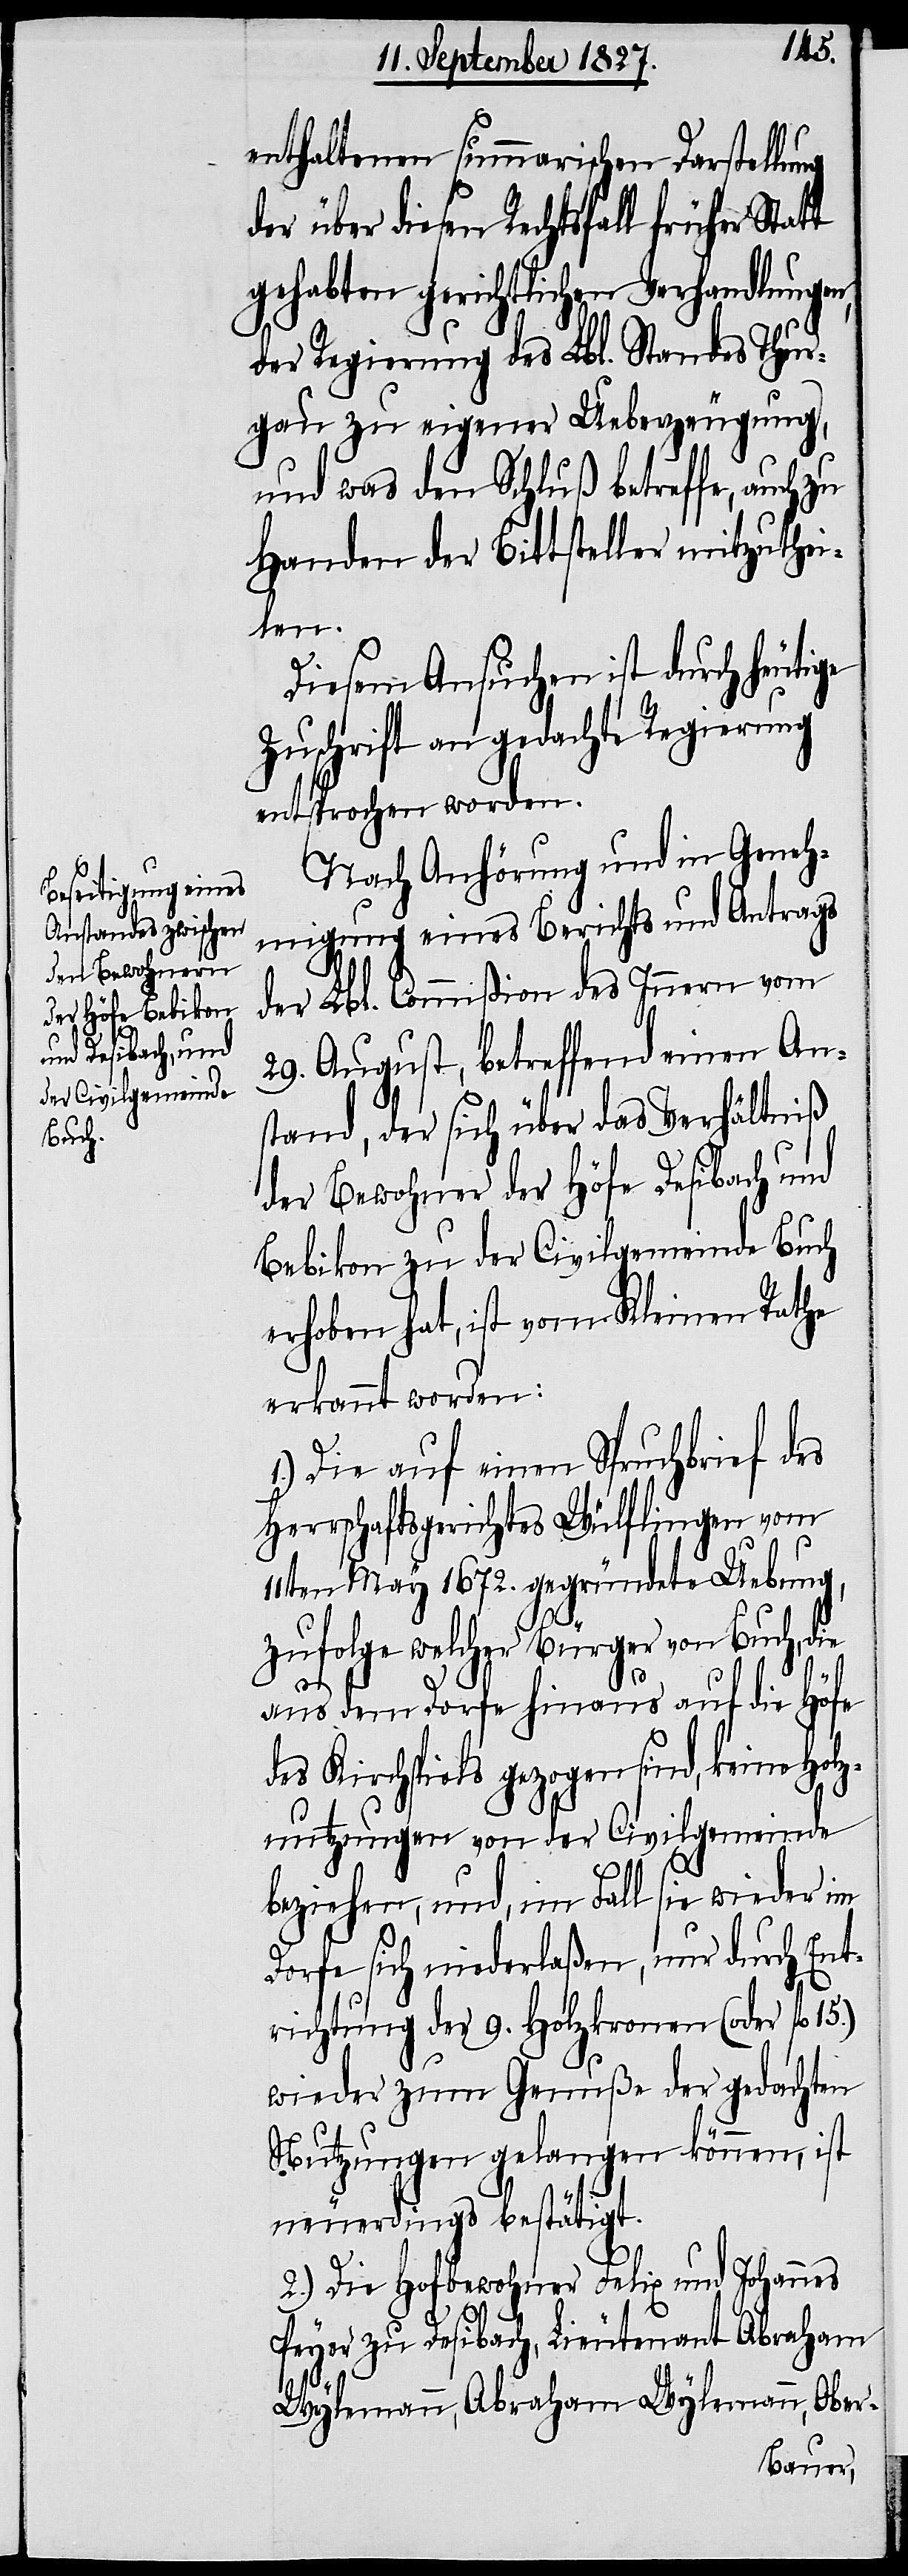
enthaltenen summarischen Darstellung
der über diesen Rechtsfall früher Statt
gehabten gerichtlichen Verhandlung¬
der Regierung des Lbl. Standes Thur¬
gau zu eigener Ueberzeugung,
und was den Schluß betreffe, auch zu
Handen der Bittsteller mitzuthe¬
ilen.
Diesem Ansuchen ist durch heutige
Zuschrift an gedachte Regierung
entsprochen worden.
Nach Anhörung und in Geneh¬
migung eines Berichts und Antrags
der Lbl. Commißion des Innern vom
29. August, betreffend einen An¬
stand, der sich über das Verhältniß
der Bewohner der Höfe Desibach und
Bebikon zu der Civilgemeinde Buch
erhoben hat, ist vom Kleinen Rathe
erkannt worden:
1.) Die auf einen Spruchbrief des
Herrschaftsgerichtes Wülflingen vom
11ten May 1672. gegründete Uebung,
zufolge welcher Bürger von Buch, die
aus dem Dorfe hinaus auf die Höfe
des Kirchspiels gezogen sind, keine Hol¬
znutzungen von der Civilgemeinde
beziehen, und, im Fall sie wieder im
Dorfe sich niederlaßen, nur durch Ent¬
richtung der 9. Holzkronen (oder fl.
wieder zum Genuße der gedachten
Nutzungen gelangen können, ist
neuerdings bestätigt.
2.) Die Hofbewohner Felix und Johannes
Peyer zu Desibach, Lieutenant Abraham
Wylemann, Abraham Wylemann, Ober-